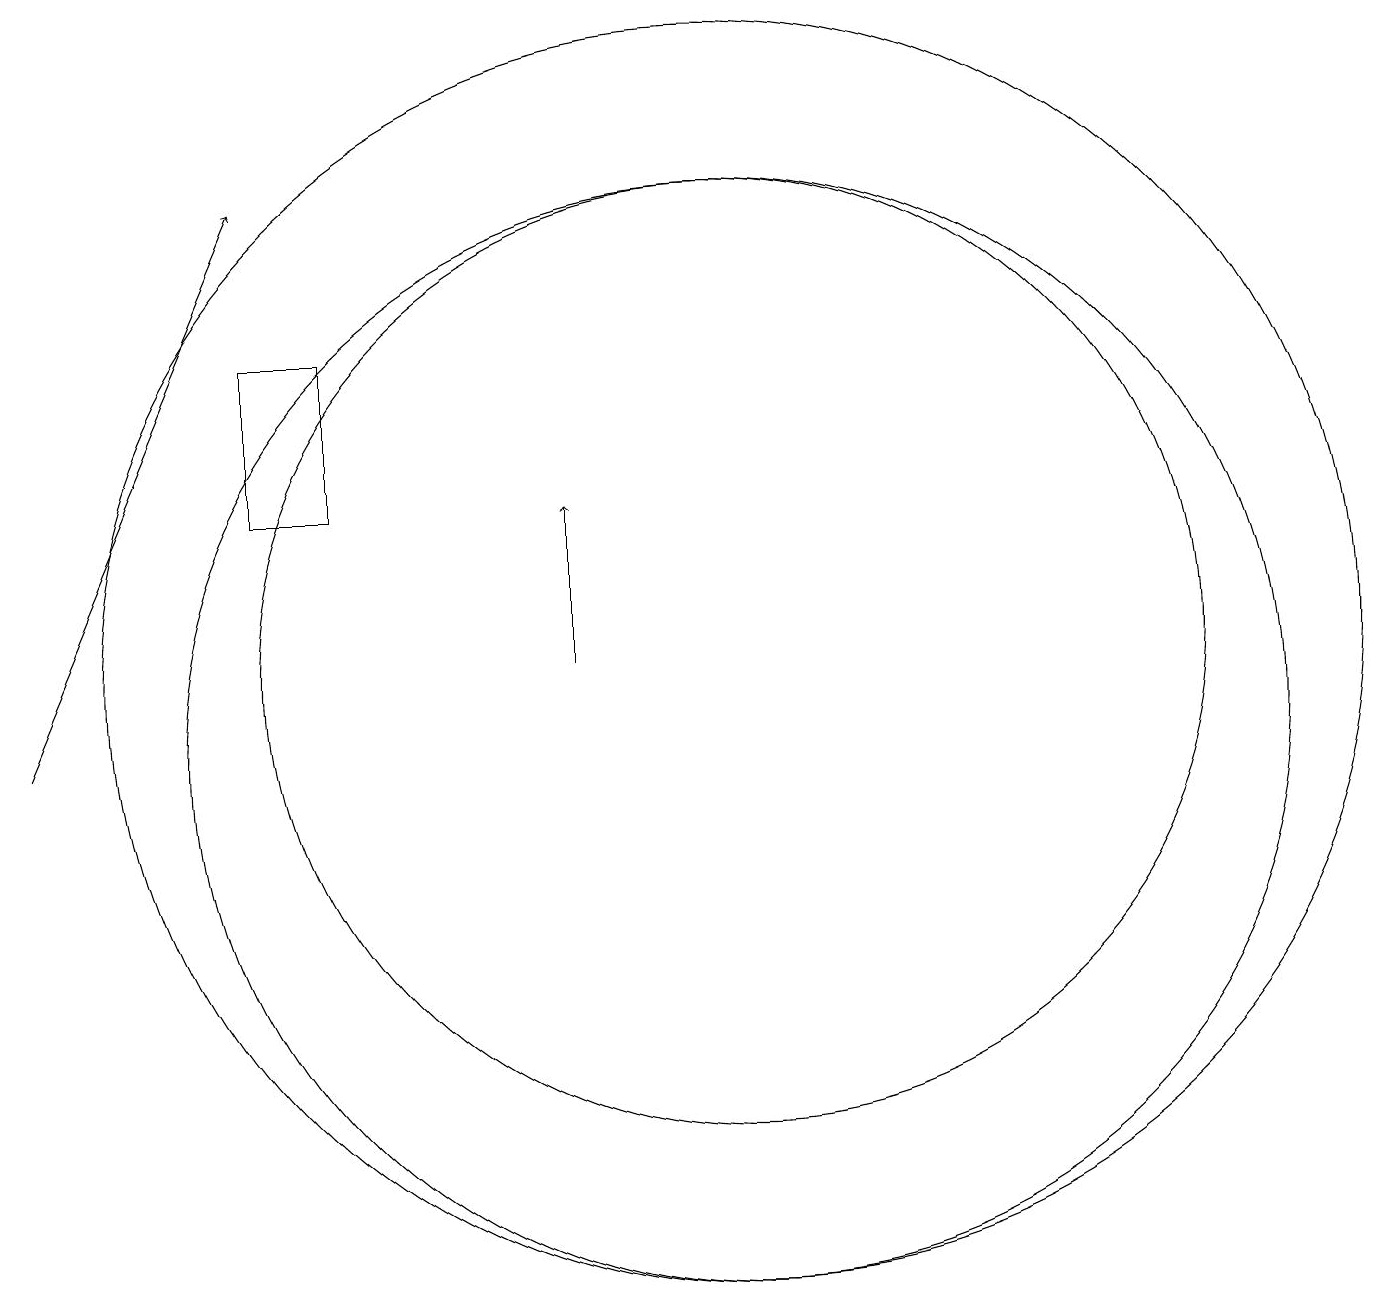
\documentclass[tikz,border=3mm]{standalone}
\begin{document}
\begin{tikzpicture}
\draw (10,11) circle (8);
\draw (5,15) rectangle (4,13);
\draw (10,11) circle (6);
\draw (10,10) circle (7);
\draw[->] (1,10) -- (4,17);
\draw[->] (8,11) -- (8,13);
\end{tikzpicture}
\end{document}